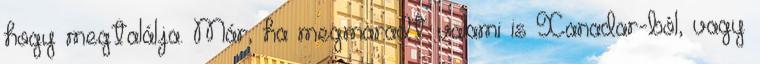
hogy megtalálja. Már, ha megmaradt valami is Xanadar-ból, vagy